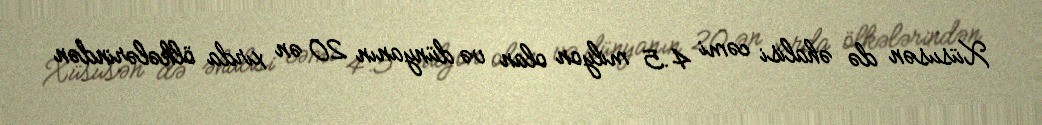
Xüsusən də əhalisi cəmi 4.5 milyon olan və dünyanın 20 ən xırda ölkələrindən